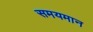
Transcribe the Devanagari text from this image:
समयमान